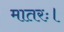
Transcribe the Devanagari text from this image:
मातरः।